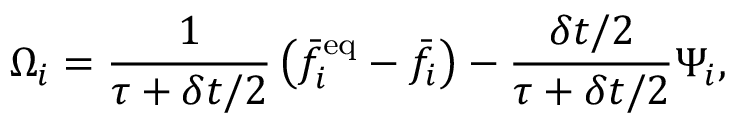
\Omega _ { i } = \frac { 1 } { \tau + \delta t / 2 } \left( \bar { f } _ { i } ^ { \mathrm { e q } } - \bar { f } _ { i } \right) - \frac { \delta t / 2 } { \tau + \delta t / 2 } \Psi _ { i } ,